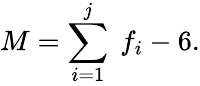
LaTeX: M=\sum_{i=1}^{j}\ f_{i}-6.